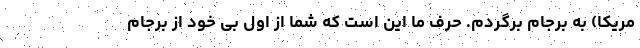
مریکا) به برجام برگردم. حرف ما این است که شما از اول بی خود از برجام